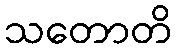
သတောတိ